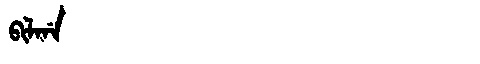
Manchu: ᠪᡳᠯᡤᠠ
Romanization: BILGA